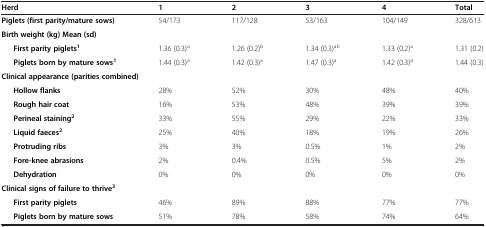
<table><thead><tr><td><b>Herd</b></td><td><b>1</b></td><td><b>2</b></td><td><b>3</b></td><td><b>4</b></td><td><b>Total</b></td></tr></thead><tbody><tr><td><b>Piglets (first parity/mature sows)</b></td><td>54/173</td><td>117/128</td><td>53/163</td><td>104/149</td><td>328/613</td></tr><tr><td><b>Birth weight (kg) </b><b>Mean (sd)</b></td><td> </td><td> </td><td> </td><td> </td><td> </td></tr><tr><td><b>First parity piglets</b><sup><b>1</b></sup></td><td>1.36 (0.3)<sup>a</sup></td><td>1.26 (0.2)<sup>b</sup></td><td>1.34 (0.3)<sup>ab</sup></td><td>1.33 (0.2)<sup>a</sup></td><td>1.31 (0.2)</td></tr><tr><td><b>Piglets born by mature sows</b><sup><b>1</b></sup></td><td>1.44 (0.3)<sup>a</sup></td><td>1.42 (0.3)<sup>a</sup></td><td>1.47 (0.3)<sup>a</sup></td><td>1.42 (0.3)<sup>a</sup></td><td>1.44 (0.3)</td></tr><tr><td colspan="6"><b>Clinical appearance (parities combined)</b></td></tr><tr><td><b>Hollow flanks</b></td><td>28%</td><td>52%</td><td>30%</td><td>48%</td><td>40%</td></tr><tr><td><b>Rough hair coat</b></td><td>16%</td><td>53%</td><td>48%</td><td>39%</td><td>39%</td></tr><tr><td><b>Perineal staining</b><sup><b>2</b></sup></td><td>33%</td><td>55%</td><td>29%</td><td>22%</td><td>33%</td></tr><tr><td><b>Liquid faeces</b><sup><b>2</b></sup></td><td>25%</td><td>40%</td><td>18%</td><td>19%</td><td>26%</td></tr><tr><td><b>Protruding ribs</b></td><td>3%</td><td>3%</td><td>0.5%</td><td>1%</td><td>2%</td></tr><tr><td><b>Fore-knee abrasions</b></td><td>2%</td><td>0.4%</td><td>0.5%</td><td>5%</td><td>2%</td></tr><tr><td><b>Dehydration</b></td><td>0%</td><td>0%</td><td>0%</td><td>0%</td><td>0%</td></tr><tr><td colspan="6"><b>Clinical signs of failure to thrive</b><sup>3</sup></td></tr><tr><td><b>First parity piglets</b></td><td>46%</td><td>89%</td><td>88%</td><td>77%</td><td>77%</td></tr><tr><td><b>Piglets born by mature sows</b></td><td>51%</td><td>78%</td><td>58%</td><td>74%</td><td>64%</td></tr></tbody></table>